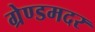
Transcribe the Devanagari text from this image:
ग्रेण्डमदर